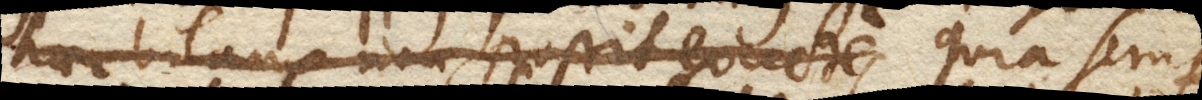
haec bilanx non possit exacte, Quia semper